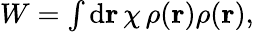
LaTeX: \begin{array}{r}{W=\int\mathrm{d}\mathbf{r}\, \chi\, \rho(\mathbf{r})\rho(\mathbf{r}),}\end{array}